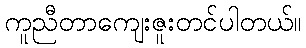
ကူညီတာကျေးဇူးတင်ပါတယ်။